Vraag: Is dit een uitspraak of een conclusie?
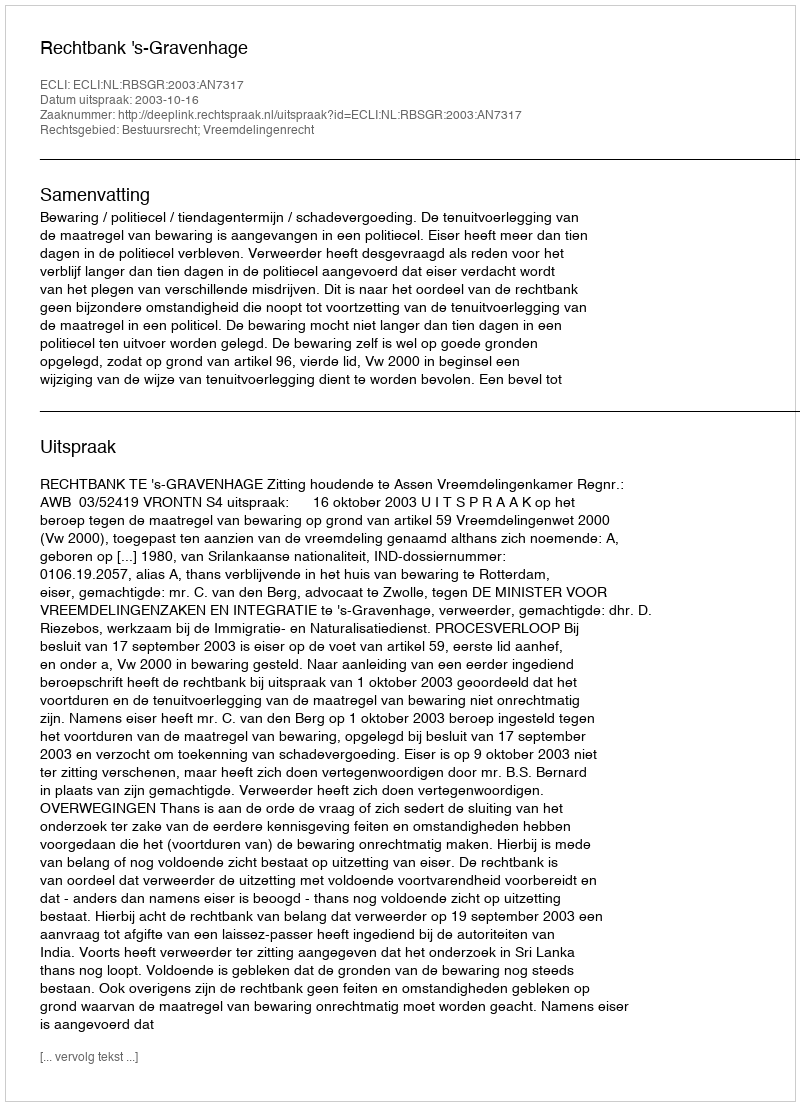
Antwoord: Uitspraak